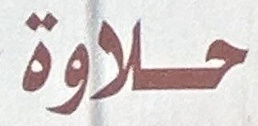
حلاوة